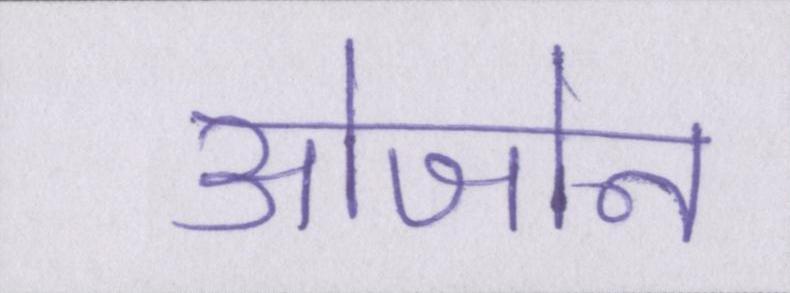
ओजोन